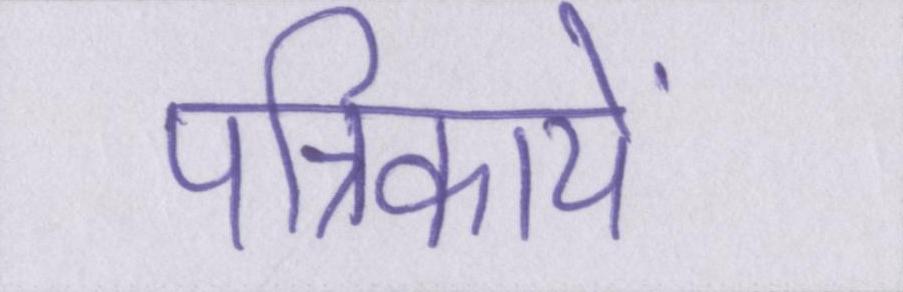
पत्रिकायें